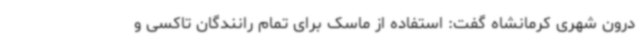
درون شهری کرمانشاه گفت: استفاده از ماسک برای تمام رانندگان تاکسی و